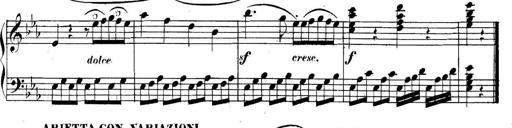
Title: Collected Piano Sonatas
Composer: Muzio Clementi